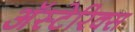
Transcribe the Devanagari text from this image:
अॅस्टेरिक्स